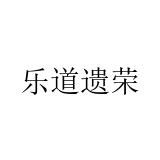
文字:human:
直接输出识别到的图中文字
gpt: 乐道遗荣